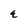
Character: E